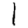
Digit: 1